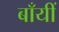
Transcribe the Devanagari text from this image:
बाँयीं